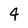
Character: 4